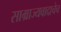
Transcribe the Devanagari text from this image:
साम्राज्यवादाचेच